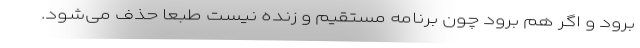
برود و اگر هم برود چون برنامه مستقیم و زنده نیست طبعا حذف می‌شود.